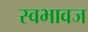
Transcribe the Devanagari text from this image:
स्वभावज